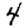
Digit: 4